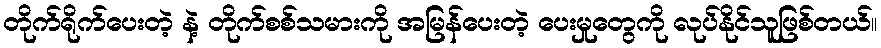
တိုက်ရိုက်ပေးတဲ့ နဲ့ တိုက်စစ်သမားကို အမြန်ပေးတဲ့ ပေးမှုတွေကို လုပ်နိုင်သူဖြစ်တယ်။